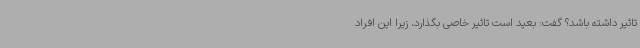
تاثیر داشته باشد؟ گفت: بعید است تاثیر خاصی بگذارد، زیرا این افراد